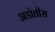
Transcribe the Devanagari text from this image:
अडोतीस